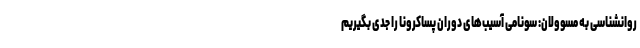
روانشناسی به مسوولان: سونامی آسیب‌های دوران پساکرونا را جدی بگیریم